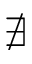
\nexists